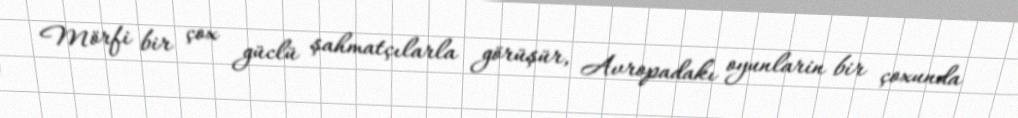
Mörfi bir çox güclü şahmatçılarla görüşür, Avropadakı oyunlarin bir çoxunda